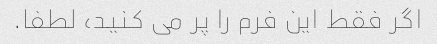
اگر فقط این فرم را پر می کنید، لطفا.